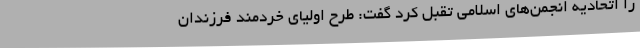
را اتحادیه انجمن‌های اسلامی تقبل کرد گفت: طرح اولیای خردمند فرزندان